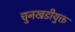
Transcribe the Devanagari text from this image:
चुनखडीयुक्त